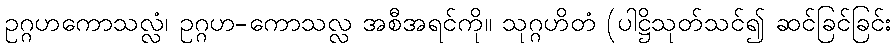
ဥဂ္ဂဟကောသလ္လံ၊ ဥဂ္ဂဟ-ကောသလ္လ အစီအရင်ကို။ သုဂ္ဂဟိတံ (ပါဋ္ဌိသုတ်သင်၍ ဆင်ခြင်ခြင်း